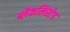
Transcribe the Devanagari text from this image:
ब्लैकलिस्टेड